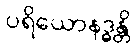
ပရိယောနဒ္ဓန္တိ